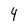
Character: 4